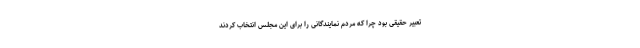
تعبیر حقیقی بود چرا که مردم نمایندگانی را برای این مجلس انتخاب کردند